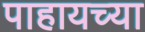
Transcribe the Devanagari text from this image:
पाहायच्या